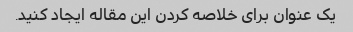
یک عنوان برای خلاصه کردن این مقاله ایجاد کنید.